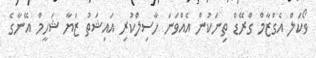
ވޯކަލް އެގްޒާމް ގްރޭޑް ތިނަކުން އެއްވަނަ ހާސިލްކުރި އައިޝަތު ޒަޔާ ޝަހީމް އޭނާގެ